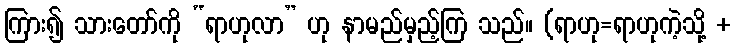
ကြား၍ သားတော်ကို “ရာဟုလာ” ဟု နာမည်မှည့်ကြ သည်။ (ရာဟု=ရာဟုကဲ့သို့ +